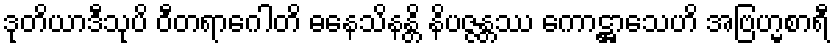
ဒုတိယာဒီသုပိ ဝီတရာဂေါတိ ဓနေသိနန္တိ နိပဇ္ဇန္တဿ ကောဋ္ဌာသေဟိ အဗြဟ္မစာရီ